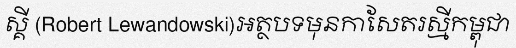
ស្គី (Robert Lewandowski)អត្ថបទមុនកាសែតរស្មីកម្ពុជា